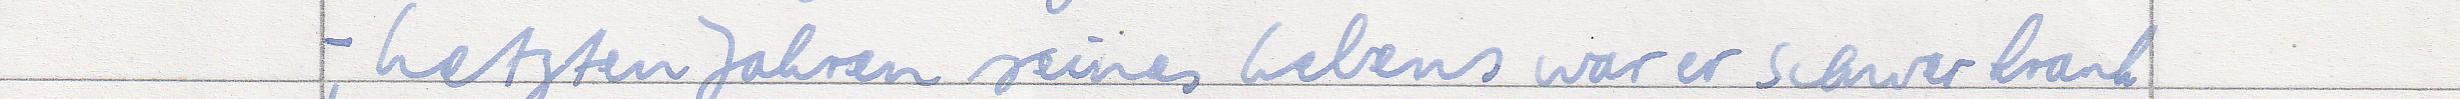
- Letzten Jahren seines Lebens war er schwer krank